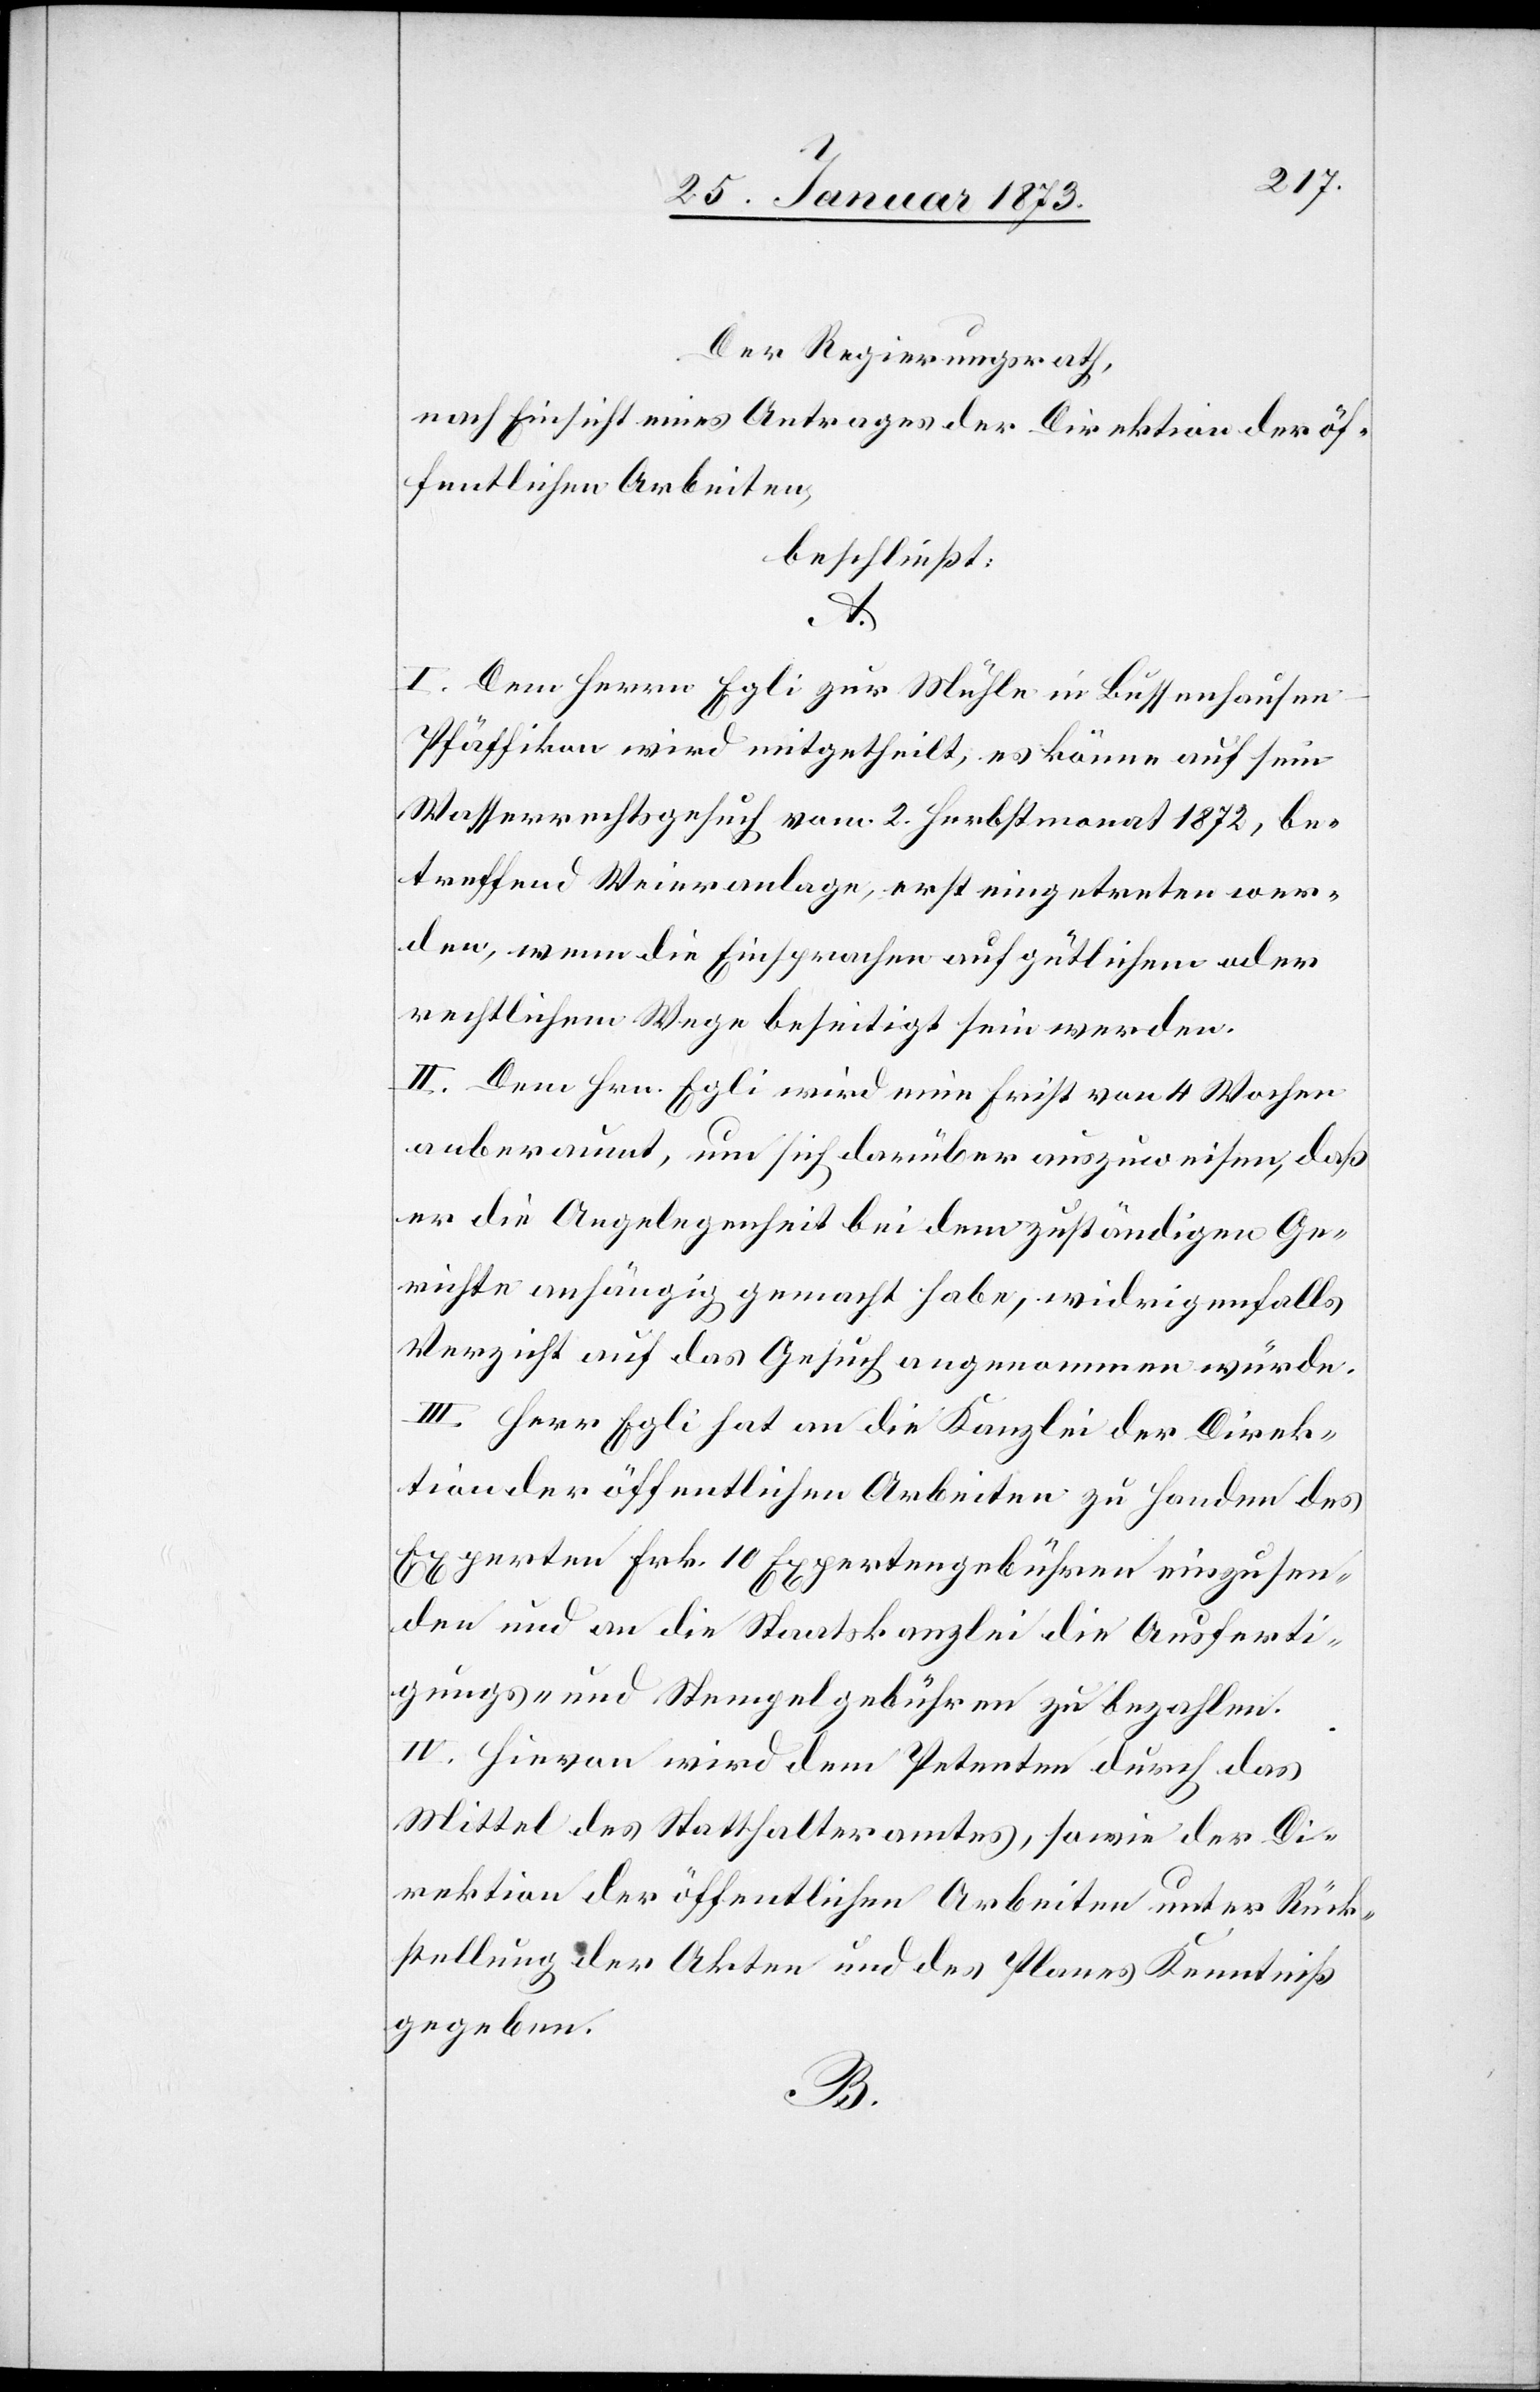
Der Regierungsrath,
nach Einsicht eines Antrages der Direktion der öf¬
fentlichen Arbeiten,
beschließt:
A.
I. Dem Herrn Egli zur Mühle in Bussenhausen-P¬
fäffikon wird mitgetheilt, es könne auf sein
Wasserrechtsgesuch vom 2. Herbstmonat 1872, be¬
treffend Weieranlage, erst eingetreten wer¬
den, wenn die Einsprachen auf güthlichem oder
rechtlichem Wege beseitigt sein werden.
II. Dem Hrn. Egli wird eine Frist von 4 Wochen
anberaumt, um sich darüber auszuweisen, daß
er die Angelegenheit bei dem zuständigen Ge¬
richte anhängig gemacht habe, widrigenfalls
Verzicht auf das Gesuch angenommen würde.
III. Herr Egli hat an die Kanzlei der Direk¬
tion der öffentlichen Arbeiten zu Handen des
Experten Frk. 10 Expertengebühren einzusen¬
den und an die Staatskanzlei die Ausferti¬
gungs- und Stempelgebühren zu bezahlen.
IV. Hievon wird dem Petenten durch das
Mittel des Statthalteramtes, sowie der Di¬
rektion der öffentlichen Arbeiten unter Rück¬
stellung der Akten und des Planes Kenntniß
gegeben.
B.